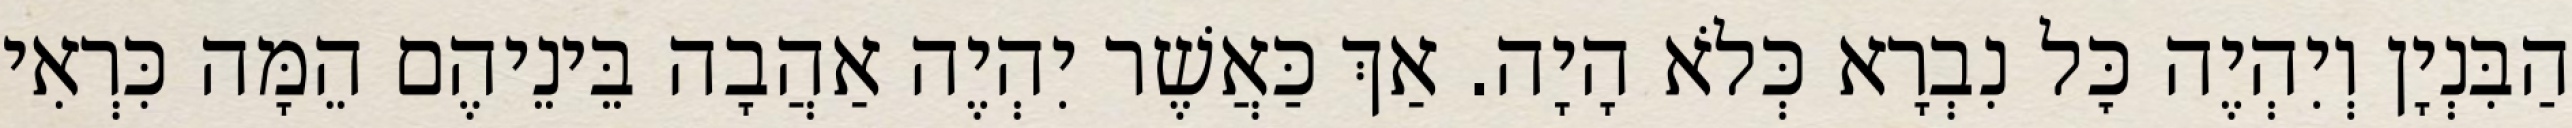
הַבִּנְיָן וְיִהְיֶה כׇּל נִבְרָא כְּלֹא הָיָה. אַךְ כַּאֲשֶׁר יִהְיֶה אַהֲבָה בֵּינֵיהֶם הֵמָּה כִּרְאִי